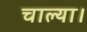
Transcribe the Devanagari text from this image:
चाल्या।